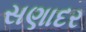
સણાદર